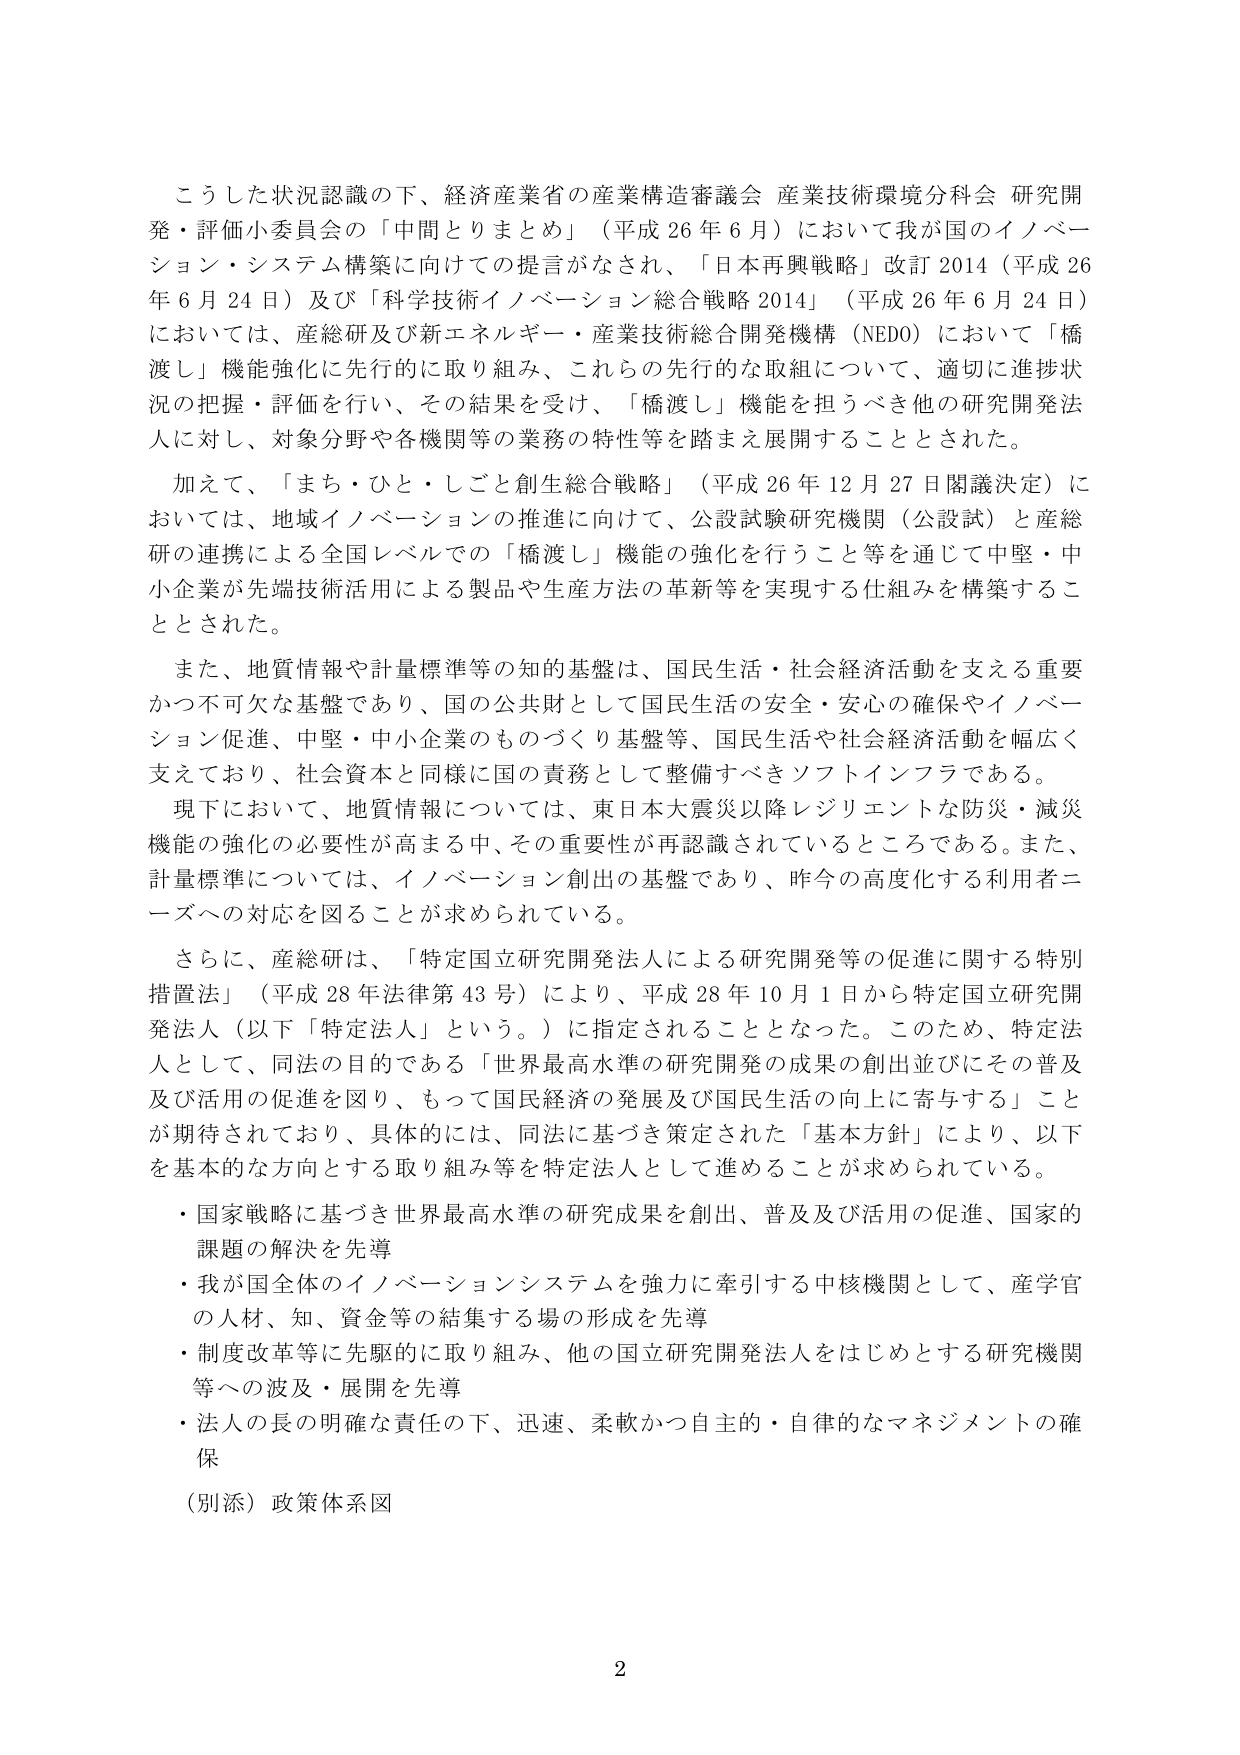
こうした状況認識の下、経済産業省の産業構造審議会 産業技術環境分科会 研究開発・評価小委員会の「中間とりまとめ」（平成26年6月）において我が国のイノベーション・システム構築に向けての提言がなされ、「日本再興戦略」改訂2014（平成26年6月24日）及び「科学技術イノベーション総合戦略2014」（平成26年6月24日）においては、産総研及び新エネルギー・産業技術総合開発機構（NEDO）において「橋渡し」機能強化に先行的に取り組み、これらの先行的な取組について、適切に進捗状況の把握・評価を行い、その結果を受け、「橋渡し」機能を担うべき他の研究開発法人に対し、対象分野や各機関等の業務の特性等を踏まえ展開することとされた。

加えて、「まち・ひと・しごと創生総合戦略」（平成26年12月27日閣議決定）においては、地域イノベーションの推進に向けて、公設試験研究機関（公設試）と産総研の連携による全国レベルでの「橋渡し」機能の強化を行うこと等を通じて中堅・中小企業が先端技術活用による製品や生産方法の革新等を実現する仕組みを構築することとされた。

また、地質情報や計量標準等の知的基盤は、国民生活・社会経済活動を支える重要かつ不可欠な基盤であり、国の公共財として国民生活の安全・安心の確保やイノベーション促進、中堅・中小企業のものづくり基盤等、国民生活や社会経済活動を幅広く支えており、社会資本と同様に国の責務として整備すべきソフトインフラである。

現下において、地質情報については、東日本大震災以降レジリエントな防災・減災機能の強化の必要性が高まる中、その重要性が再認識されているところである。また、計量標準については、イノベーション創出の基盤であり、昨今の高度化する利用者ニーズへの対応を図ることが求められている。

さらに、産総研は、「特定国立研究開発法人による研究開発等の促進に関する特別措置法」（平成28年法律第43号）により、平成28年10月1日から特定国立研究開発法人（以下「特定法人」という。）に指定されることとなった。このため、特定法人として、同法の目的である「世界最高水準の研究開発の成果の創出並びにその普及及び活用の促進を図り、もって国民経済の発展及び国民生活の向上に寄与する」ことが期待されており、具体的には、同法に基づき策定された「基本方針」により、以下を基本的な方向とする取り組み等を特定法人として進めることが求められている。

・国家戦略に基づき世界最高水準の研究成果を創出、普及及び活用の促進、国家的課題の解決を先導
・我が国全体のイノベーションシステムを強力に牽引する中核機関として、産学官の人材、知、資金等の結集する場の形成を先導
・制度改革等に先駆的に取り組み、他の国立研究開発法人をはじめとする研究機関等への波及・展開を先導
・法人の長の明確な責任の下、迅速、柔軟かつ自主的・自律的なマネジメントの確保

（別添）政策体系図

2